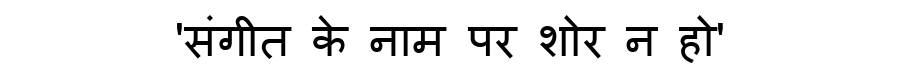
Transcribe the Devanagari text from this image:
'संगीत के नाम पर शोर न हो'